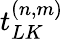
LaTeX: t_{LK}^{(n,m)}